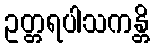
ဥတ္တရပါသကန္တိ